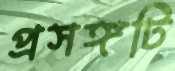
প্রসঙ্গটি